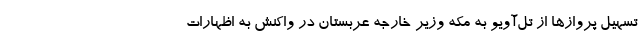
تسهیل پروازها از تل‌آویو به مکه وزیر خارجه عربستان در واکنش به اظهارات